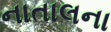
નાતાલના